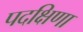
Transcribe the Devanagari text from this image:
पदक्षिणा